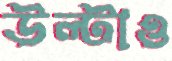
উল্টাও